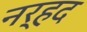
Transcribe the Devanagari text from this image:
नर्हद